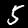
Label: 5